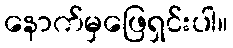
နောက်မှဖြေရှင်းပါ။